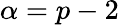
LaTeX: \alpha=p-2